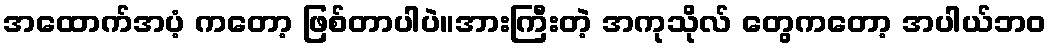
အထောက်အပံ့ ကတော့ ဖြစ်တာပါပဲ။အားကြီးတဲ့ အကုသိုလ် တွေကတော့ အပါယ်ဘဝ